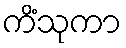
ကိံသုကာ